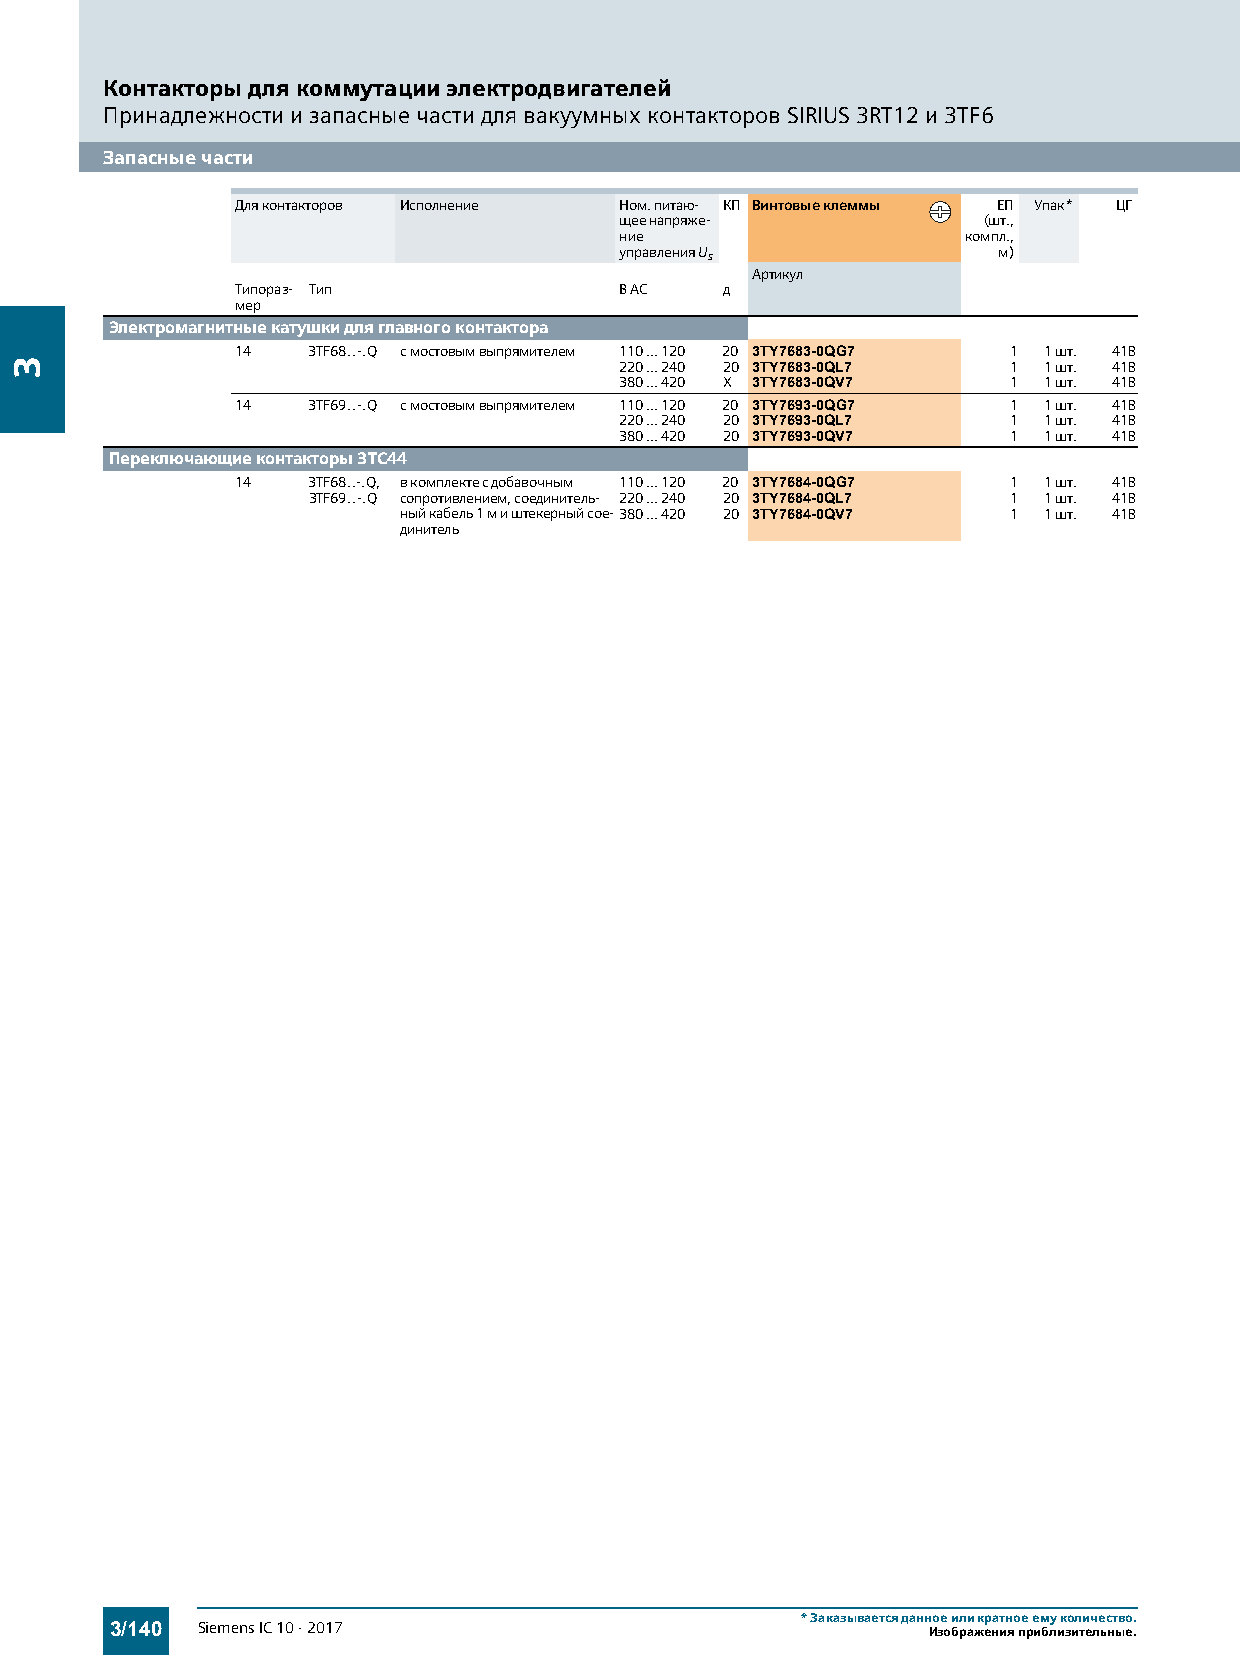
Контакторы для коммутации электродвигателей
 Принадлежности и запасные части для вакуумных контакторов SIRIUS 3RT12 и 3TF6
 Запасные части
 Для контакторов Исполнение Ном. питаю- КП Винтовые клеммы ЕП Упак* ЦГ
 щее напряже-            (шт.,
 ние                    компл.,
 управления Us            м)
 Артикул
 Типораз- Тип             В AC   д
 мер
 Электромагнитные катушки для главного контактора
 14  3TF68..-.Q с мостовым выпрямителем 110 ... 120 20 3TY7683-0QG7 1 1 шт. 41B
 220 ... 240 20 3TY7683-0QL7 1 1 шт. 41B
 380 ... 420 X 3TY7683-0QV7 1 1 шт. 41B
 14  3TF69..-.Q с мостовым выпрямителем 110 ... 120 20 3TY7693-0QG7 1 1 шт. 41B
 220 ... 240 20 3TY7693-0QL7 1 1 шт. 41B
 380 ... 420 20 3TY7693-0QV7 1 1 шт. 41B
 Переключающие контакторы 3TC44
 14  3TF68..-.Q, в комплекте с добавочным 110 ... 120 20 3TY7684-0QG7 1 1 шт. 41B
 3TF69..-.Q сопротивлением, соединитель- 220 ... 240 20 3TY7684-0QL7 1 1 шт. 41B
 ный кабель 1 м и штекерный сое-380 ... 420 20 3TY7684-0QV7 1 1 шт. 41B
 динитель
 *Заказывается данное или кратное ему количество.
 3/140 Siemens IC 10 · 2017                            Изображения приблизительные.
 3